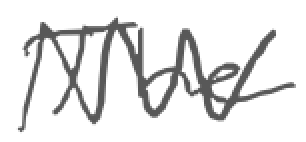
Text: The
Cross-out: zig-zag
Writing tool: digital_gray